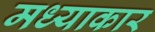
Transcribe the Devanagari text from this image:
मध्याकार